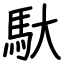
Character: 馱